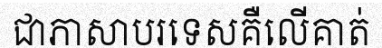
ជាភាសាបរទេសគឺលើគាត់